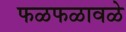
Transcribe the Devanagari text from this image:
फळफळावळे